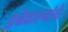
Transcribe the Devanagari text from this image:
डबेवाल्यांचे